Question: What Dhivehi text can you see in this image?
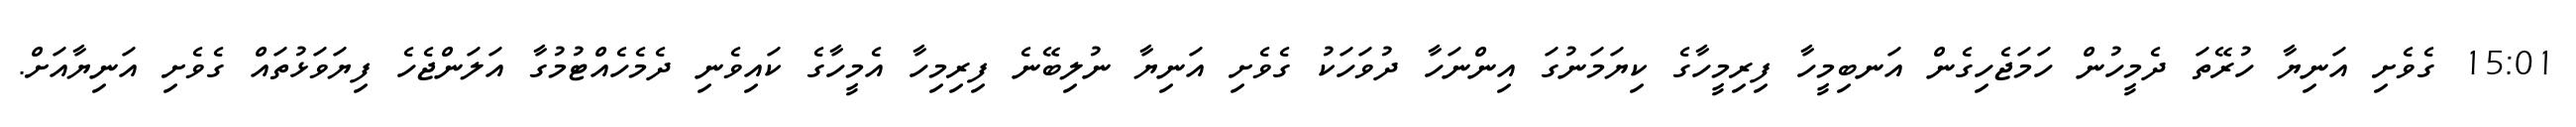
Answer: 15:01 ގެވެށި އަނިޔާ ހުރޭތަ ދެމީހުން ހަމަޖެހިގެން އަނބިމީހާ ފިރިމީހާގެ ކިޔަމަނުގަ އިންނަހާ ދުވަހަކު ގެވެށި އަނިޔާ ނުލިބޭނެ ފިރިމިހާ އެމީހާގެ ކައިވެނި ދެމެހެއްޓުމުގާ އަލަންޖެހެ ފިޔަވަޅުތައް ގެވެށި އަނިޔާއަށް.